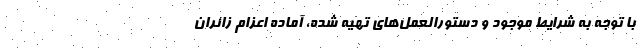
با توجه به شرایط موجود و دستورالعمل‌های تهیه شده، آماده اعزام زائران